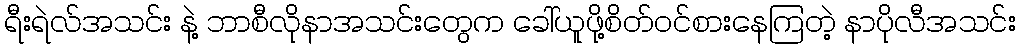
ရီးရဲလ်အသင်း နဲ့ ဘာစီလိုနာအသင်းတွေက ခေါ်ယူဖို့စိတ်ဝင်စားနေကြတဲ့ နာပိုလီအသင်း